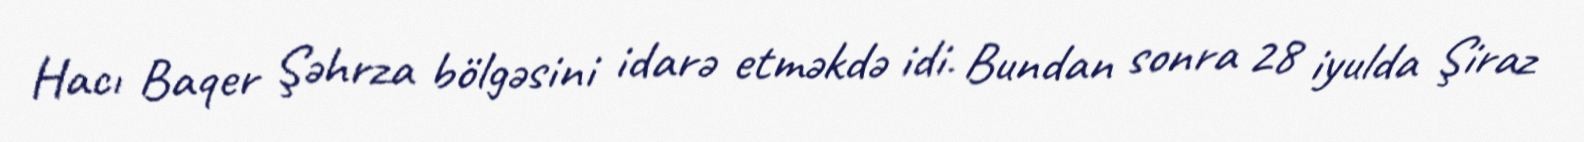
Hacı Baqer Şəhrza bölgəsini idarə etməkdə idi. Bundan sonra 28 iyulda Şiraz